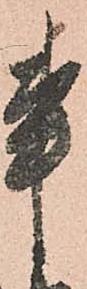
事